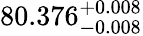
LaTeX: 80.376_{-0.008}^{+0.008}